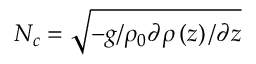
N _ { c } = \sqrt { - g / \rho _ { 0 } \partial \rho \left( z \right) / \partial z }